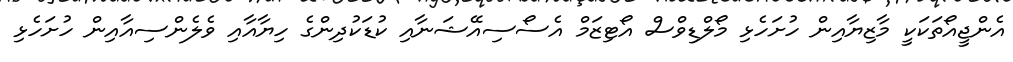
އެންޖީއޯތަކަކީ މާޒިޔާއިން ހުށަހެޅި މޯލްޑިވްސް އޯޓިޒަމް އެސޯސިއޭޝަނާއި ކުޑަކުދިންގެ ހިޔާއާއި ވެލެންސިއާއިން ހުށަހެޅި